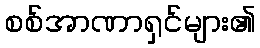
စစ်အာဏာရှင်များ၏